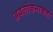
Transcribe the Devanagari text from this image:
अवलोकनाकर्ता